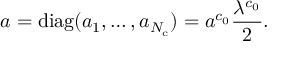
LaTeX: a = \mathrm { d i a g } ( a _ { 1 } , \dots , a _ { N _ { \mathrm { c } } } ) = a ^ { c _ { 0 } } \frac { \lambda ^ { c _ { 0 } } } { 2 } .